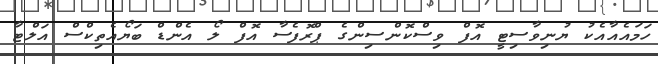
ހަމައެއާއެކު ޔުނިވާސިޓީ އޮފް ވިސްކޮންސިންގެ ޕްރޮފެސާ އޮފް ލޯ އެންޑް ބަޔޯއެތިކްސް އަލްޓާ